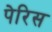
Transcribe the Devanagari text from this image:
पेरिस